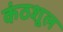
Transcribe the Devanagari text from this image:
कंठशूल